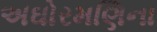
અઘોરમણિના